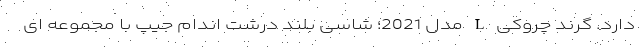
دارد. گرند چروکی L مدل 2021؛ شاسی بلند درشت اندام جیپ با مجموعه ای